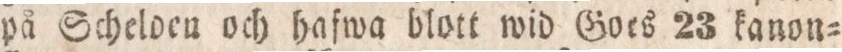
på Schelden och hafwa blott wid Goes 23 kanon=